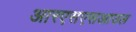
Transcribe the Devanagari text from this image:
आरएसएसआउल